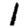
Digit: 1